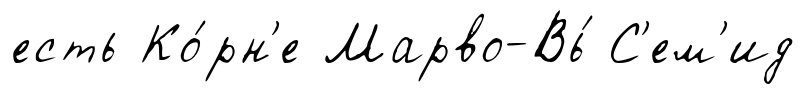
есть Ко́рн'е Марво-Вь́ С'ем'ид